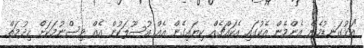
"އަޅުގަނޑުމެން އެންމެން އެކުގައި އެކައްޗެއް ކިޔައިގެން އެއް އުސޫލަކުން އެއް ވިސްނުމަކަށް ޚިދުމަތް